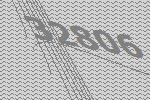
32806